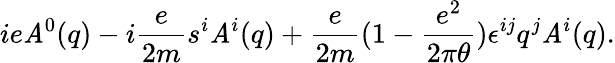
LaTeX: ie{\cal\mathit{A}}^{0}(q)-i\frac{{e}}{{2m}}{s^{i}}{\cal\mathit{A}}^{i}(q)+\frac{{e}}{{2m}}(1-\frac{{e^{2}}}{{2\pi\theta}})\epsilon^{ij}q^{j}{\cal\mathit{A}}^{i}(q).